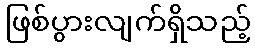
ဖြစ်ပွားလျက်ရှိသည့်